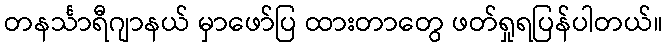
တနင်္သာရီဂျာနယ် မှာဖော်ပြ ထားတာတွေ ဖတ်ရှုရပြန်ပါတယ်။